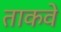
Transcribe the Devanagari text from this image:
ताकवे